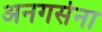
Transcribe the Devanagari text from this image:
अनगसेना